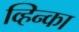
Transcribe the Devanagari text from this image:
व्हिन्का